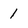
Character: 1